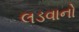
લડવાનો